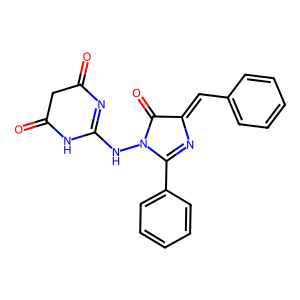
SMILES: O=C1CC(=O)NC(NN2C(=O)C(=Cc3ccccc3)N=C2c2ccccc2)=N1
Inhibits HIV replication: No